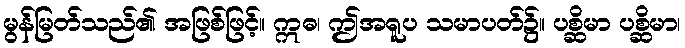
မွန်မြတ်သည်၏ အဖြစ်ဖြင့်။ ဣဓ၊ ဤအရူပ သမာပတ်၌။ ပစ္ဆိမာ ပစ္ဆိမာ၊